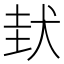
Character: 𡌤